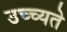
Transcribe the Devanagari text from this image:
उच्च्यते